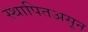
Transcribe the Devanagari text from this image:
स्थापितअसून